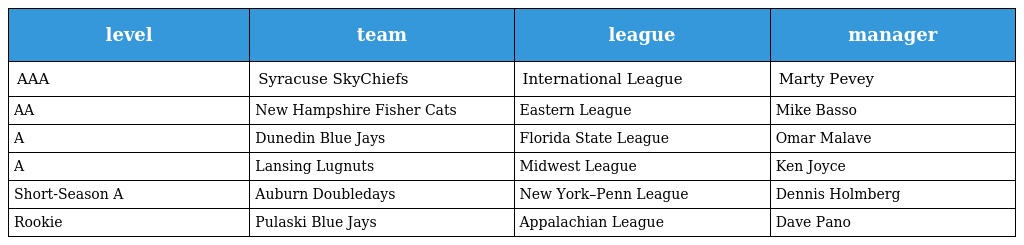
| level | team | league | manager |
 | --- | --- | --- | --- |
 | AAA | Syracuse SkyChiefs | International League | Marty Pevey |
 | AA | New Hampshire Fisher Cats | Eastern League | Mike Basso |
 | A | Dunedin Blue Jays | Florida State League | Omar Malave |
 | A | Lansing Lugnuts | Midwest League | Ken Joyce |
 | Short-Season A | Auburn Doubledays | New York–Penn League | Dennis Holmberg |
 | Rookie | Pulaski Blue Jays | Appalachian League | Dave Pano |